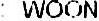
: WOON